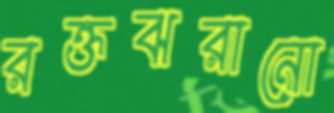
রক্তঝরানো